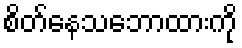
စိတ်နေသဘောထားကို